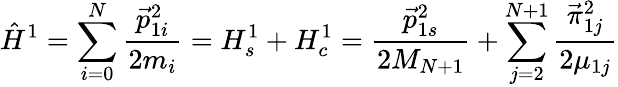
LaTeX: \hat{H}^{1}=\sum_{i=0}^{N}\frac{\vec{p}_{1i}^{2}}{2m_{i}}=H_{s}^{1}+H_{c}^{1}=\frac{\vec{p}_{1s}^{2}}{2M_{N+1}}+\sum_{j=2}^{N+1}\frac{\vec{\pi}_{1j}^{2}}{2\mu_{1j}}